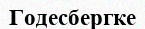
Годесбергке